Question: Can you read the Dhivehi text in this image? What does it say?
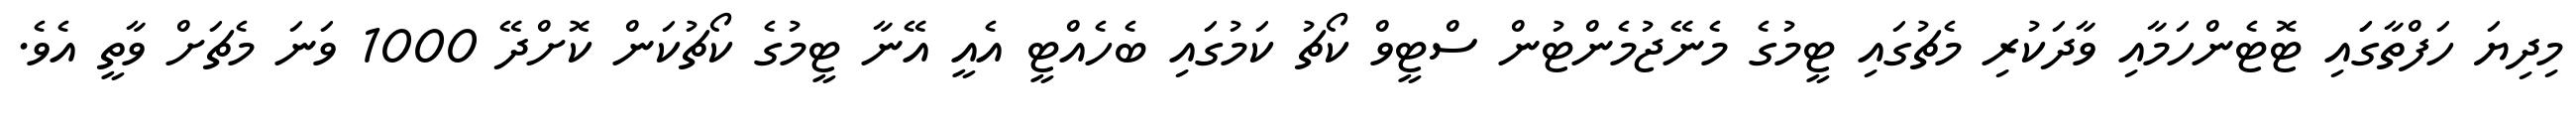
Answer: މިދިޔަ ހަފްތާގަައި ޓޮޓެންހަމާއި ވާދަކުރި މެޗުގައި ޓީމުގެ މެނޭޖުމެންޓުން ސްޓީވް ކޯޗު ކަމުގައި ބެހެއްޓީ އެއީ އޭނާ ޓީމުގެ ކޯޗުކަން ކޮށްދޭ 1000 ވަނަ މެޗަށް ވާތީ އެވެ.